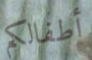
أطفالكم